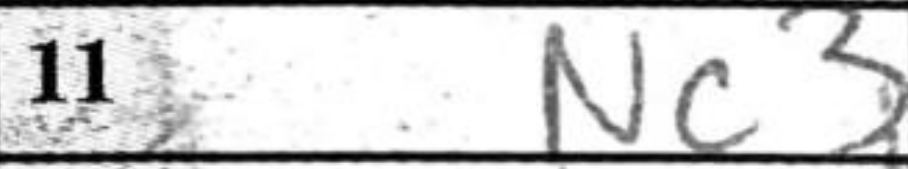
Transcription: Nc3